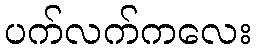
ပက်လက်ကလေး